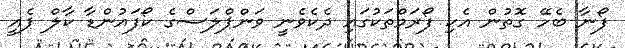
ފޯނާ ބެހޭ ގޮތުން އެކި ފޯރަމްތަކުގައި ދެކެވެނީ ވަންޕްލަސްގެ ކޯފައުންޑާ ކާލް ޕެއީ